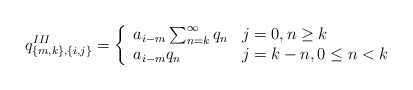
\begin{align*}q^{III}_{\{m,k \}, \{i,j\}} = \left\{ \begin{array}{ll}a_{i-m} \sum_{n=k}^{\infty}q_n &j=0, n\geq k\\a_{i-m} q_n &j=k-n, 0 \leq n < k\end{array}\right.\end{align*}